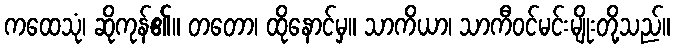
ကထေသုံ၊ ဆိုကုန်၏။ တတော၊ ထိုနောင်မှ။ သာကိယာ၊ သာကီဝင်မင်းမျိုးတို့သည်။